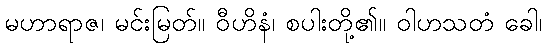
မဟာရာဇ၊ မင်းမြတ်။ ဝီဟိနံ၊ စပါးတို့၏။ ဝါဟသတံ ခေါ၊